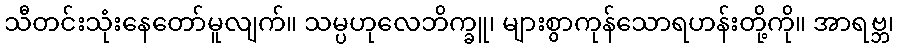
သီတင်းသုံးနေတော်မူလျက်။ သမ္ပဟုလေဘိက္ခူ၊ များစွာကုန်သောရဟန်းတို့ကို။ အာရဗ္ဘ၊